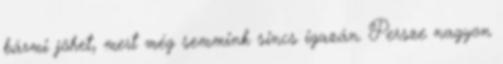
bármi jöhet, mert még semmink sincs igazán. Persze nagyon